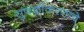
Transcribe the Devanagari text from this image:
सुफळीकरणाचे